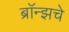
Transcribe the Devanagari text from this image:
ब्राॅन्झचे